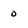
Character: 0